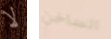
لا الساخن